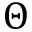
\Theta